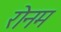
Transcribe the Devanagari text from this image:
रोनम